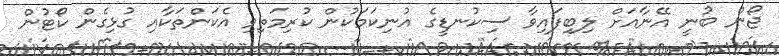
ޖޯން ބުނީ އޭނާއަށް ލިބިފައިވާ ސިކުނޑީގެ އުނިކަމަކުން ކުރިމަތިވި އެކަންތަކާއި ގުޅިގެން ކޯޓުން